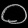
Digit: ၀